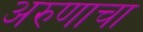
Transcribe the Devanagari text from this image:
अरुणाचा